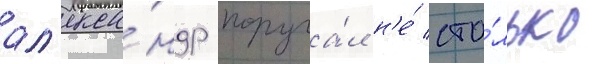
ал'екса́ндр поруча́л н'е́ сто́лько